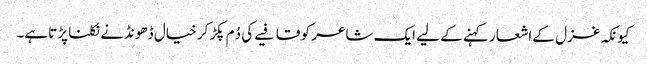
کیونکہ غزل کے اشعار کہنے کے لیے ایک شاعر کو قافیے کی دُم پکڑ کر خیال ڈھونڈنے نکلنا پڑتاہے۔